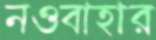
নওবাহার